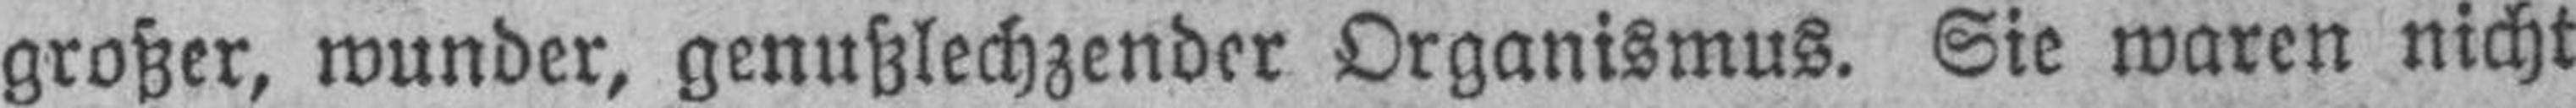
großer, wunder, genußlechzender Organismus. Sie waren nicht